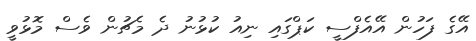
އޭގެ ފަހުން އޭއެފްސީ ކަޕްގައި ނިއު ކުޅުނު ދެ މެޗުން ވެސް މޮޅުވީ